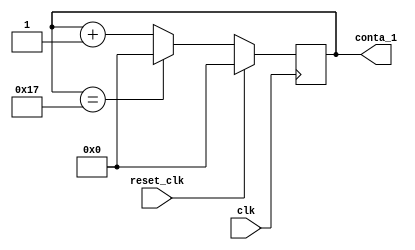
`timescale 1ns / 1ps
//////////////////////////////////////////////////////////////////////////////////
// Company: 
// 
// Design Name: 
// Module Name:    Contador_4bits 
// Project Name: 
// Target Devices: 
// Tool versions: 
// Description: 
//
// Dependencies: 
//
// Revision: 
// Revision 0.01 - File Created
// Additional Comments: 
//
//////////////////////////////////////////////////////////////////////////////////
module Contador_4bits(
   input wire clk,reset_clk,
	output wire [4:0] conta_1
    );
	 
reg[4:0] conta;

//procedieminto para el contador
always @ (posedge clk)
	begin 
		if (reset_clk==1)
			conta=4'b0000;
		else
			if (conta==5'd23)
				conta=4'b0000;
			else
				conta=conta+1'b1;
	end
	
assign conta_1=conta;

endmodule